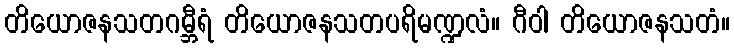
တိယောဇနသတဂမ္ဘီရံ တိယောဇနသတပရိမဏ္ဍလံ။ ဂီဝါ တိယောဇနသတံ။